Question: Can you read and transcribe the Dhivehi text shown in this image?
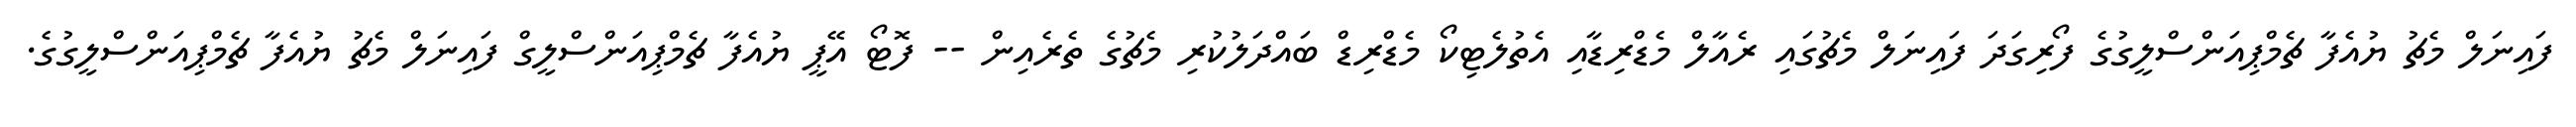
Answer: ފައިނަލް މެޗު ޔުއެފާ ޗެމްޕިއަންސްލީގުގެ ފޯރިގަދަ ފައިނަލް މެޗުގައި ރެއާލް މެޑްރިޑާއި އެތުލެޓިކޯ މެޑްރިޑް ބައްދަލުކުރި މެޗުގެ ތެރެއިން -- ފޮޓޯ އޭޕީ ޔުއެފާ ޗެމްޕިއަންސްލީގް ފައިނަލް މެޗު ޔުއެފާ ޗެމްޕިއަންސްލީގުގެ.